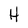
Character: H